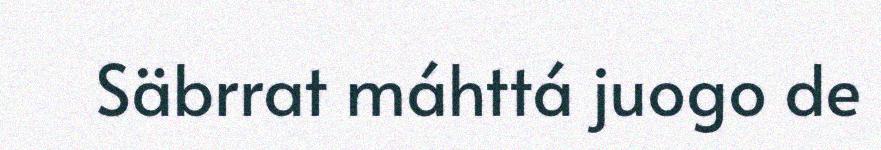
Säbrrat máhttá juogo de